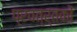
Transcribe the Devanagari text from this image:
प्रवत्र्तकों